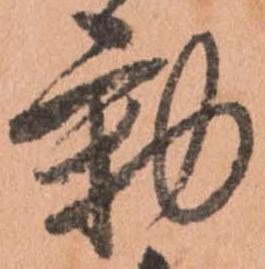
動